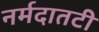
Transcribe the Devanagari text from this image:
नर्मदातटी